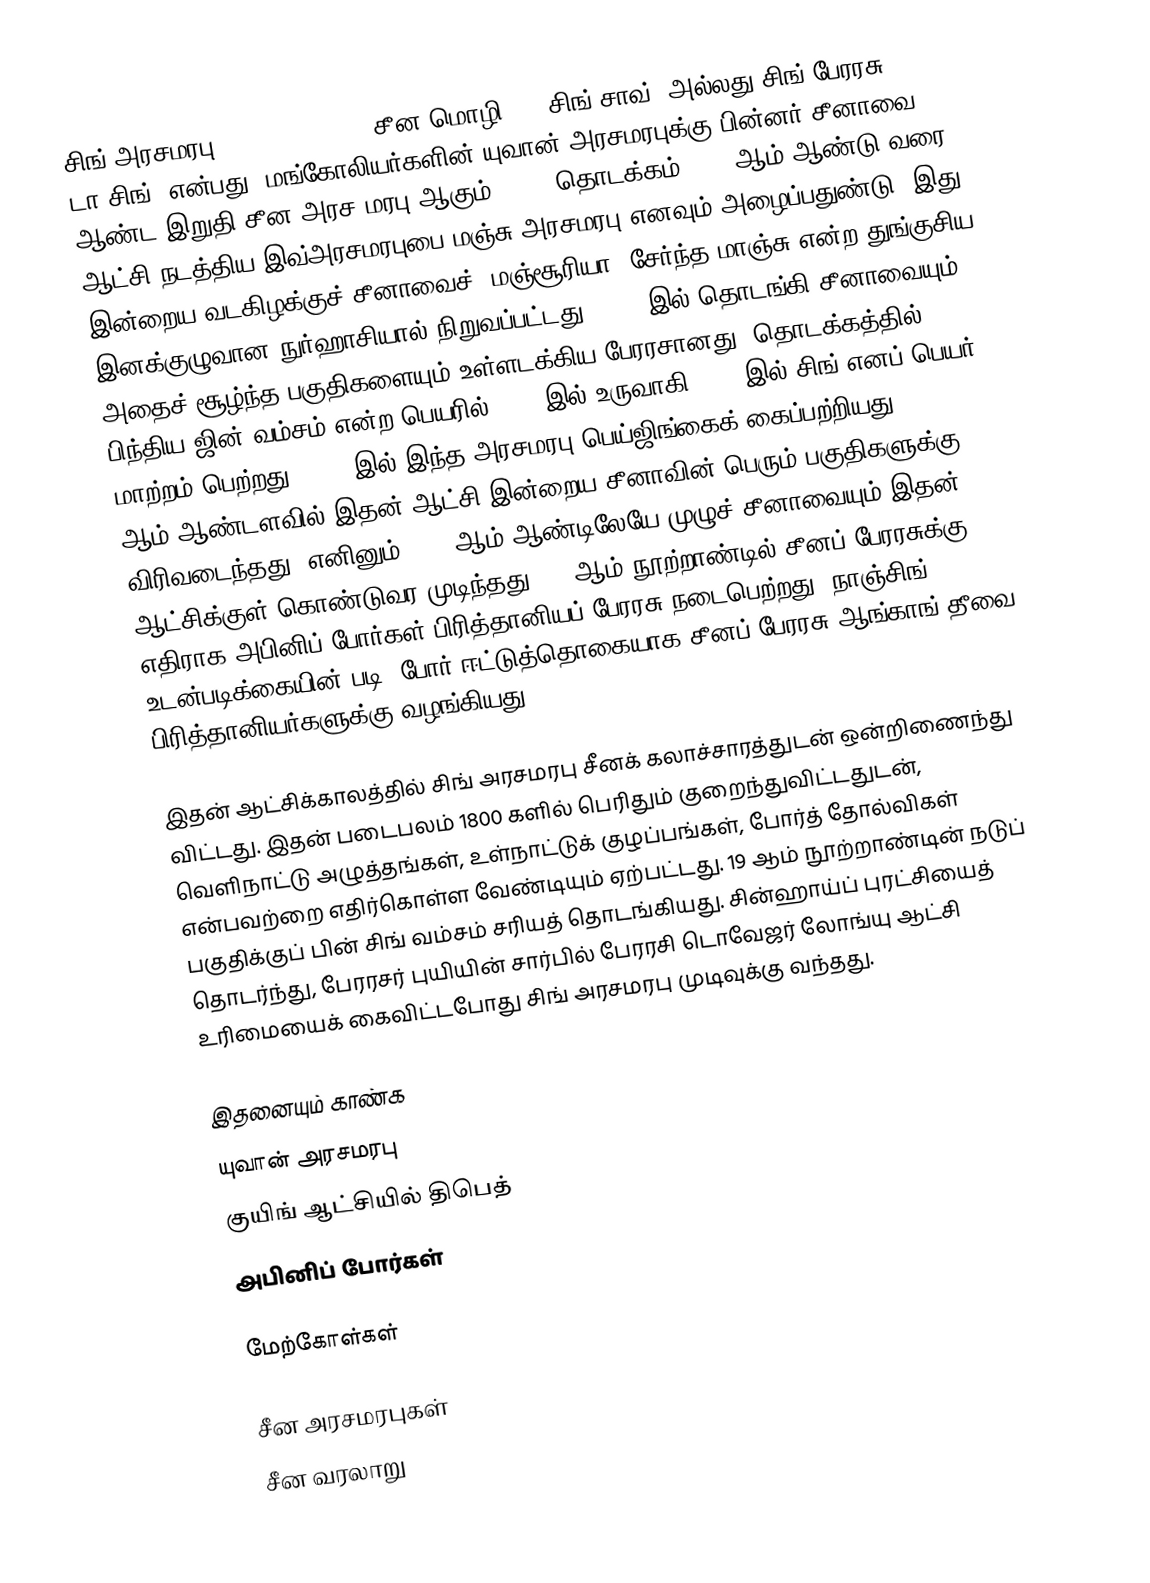
சிங் அரசமரபு (Qing Dynasty), சீன மொழி: 清朝 சிங் சாவ்) அல்லது சிங் பேரரசு (大清 டா சிங்) என்பது, மங்கோலியர்களின் யுவான் அரசமரபுக்கு பின்னர் சீனாவை ஆண்ட இறுதி சீன அரச மரபு ஆகும். 1644 தொடக்கம் 1912 ஆம் ஆண்டு வரை ஆட்சி நடத்திய இவ்அரசமரபுபை மஞ்சு அரசமரபு எனவும் அழைப்பதுண்டு. இது, இன்றைய வடகிழக்குச் சீனாவைச் (மஞ்சூரியா) சேர்ந்த மாஞ்சு என்ற துங்குசிய இனக்குழுவான நுர்ஹாசியால் நிறுவப்பட்டது. 1644 இல் தொடங்கி சீனாவையும் அதைச் சூழ்ந்த பகுதிகளையும் உள்ளடக்கிய பேரரசானது. தொடக்கத்தில் பிந்திய ஜின் வம்சம் என்ற பெயரில் 1616 இல் உருவாகி 1636 இல் சிங் எனப் பெயர் மாற்றம் பெற்றது. 1644 இல் இந்த அரசமரபு பெய்ஜிங்கைக் கைப்பற்றியது. 1646 ஆம் ஆண்டளவில் இதன் ஆட்சி இன்றைய சீனாவின் பெரும் பகுதிகளுக்கு விரிவடைந்தது. எனினும் 1683 ஆம் ஆண்டிலேயே முழுச் சீனாவையும் இதன் ஆட்சிக்குள் கொண்டுவர முடிந்தது. 19-ஆம் நூற்றாண்டில் சீனப் பேரரசுக்கு எதிராக அபினிப் போர்கள் பிரித்தானியப் பேரரசு நடைபெற்றது. நாஞ்சிங் உடன்படிக்கையின் படி, போர் ஈட்டுத்தொகையாக சீனப் பேரரசு ஆங்காங் தீவை பிரித்தானியர்களுக்கு வழங்கியது.

இதன் ஆட்சிக்காலத்தில் சிங் அரசமரபு சீனக் கலாச்சாரத்துடன் ஒன்றிணைந்து விட்டது. இதன் படைபலம் 1800 களில் பெரிதும் குறைந்துவிட்டதுடன், வெளிநாட்டு அழுத்தங்கள், உள்நாட்டுக் குழப்பங்கள், போர்த் தோல்விகள் என்பவற்றை எதிர்கொள்ள வேண்டியும் ஏற்பட்டது. 19 ஆம் நூற்றாண்டின் நடுப் பகுதிக்குப் பின் சிங் வம்சம் சரியத் தொடங்கியது. சின்ஹாய்ப் புரட்சியைத் தொடர்ந்து, பேரரசர் புயியின் சார்பில் பேரரசி டொவேஜர் லோங்யு ஆட்சி உரிமையைக் கைவிட்டபோது சிங் அரசமரபு முடிவுக்கு வந்தது.

இதனையும் காண்க
 யுவான் அரசமரபு
 குயிங் ஆட்சியில் திபெத்
 அபினிப் போர்கள்

மேற்கோள்கள்

சீன அரசமரபுகள்
சீன வரலாறு